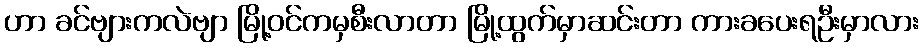
ဟာ ခင်ဗျားကလဲဗျာ မြို့ဝင်ကမှစီးလာတာ မြို့ထွက်မှာဆင်းတာ ကားခပေးရဦးမှာလား